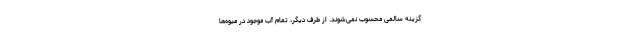
گزینه سالمی محسوب نمی‌شوند. از طرف دیگر، تمام آب موجود در میوه‌ها